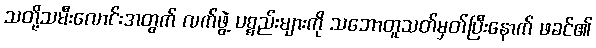
သတို့သမီးလောင်းအတွက် လက်ဖွဲ့ ပစ္စည်းများကို သဘောတူသတ်မှတ်ပြီးနောက် ဖခင်၏